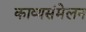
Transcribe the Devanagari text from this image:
काव्यसंमेलन